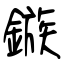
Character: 鏃